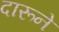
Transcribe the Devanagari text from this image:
दारूने